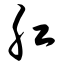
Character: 肛